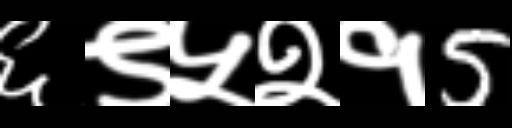
Text: ६९५२१5